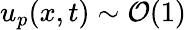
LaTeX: u_{p}(x,t)\sim\mathcal{O}(1)